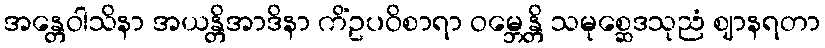
အန္တေဝါသိနာ အယန္တိအာဒိနာ ကိံဥပဝိစာရာ ဝမ္ဘေန္တိ သမုစ္ဆေဒသုညံ ဈာနရတာ